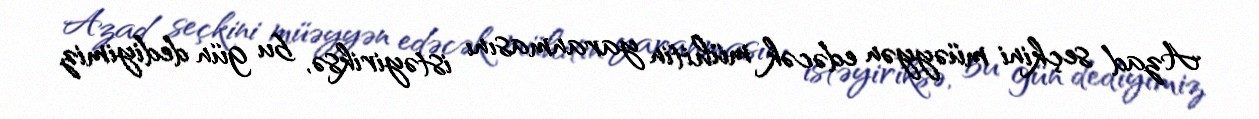
Azad seçkini müəyyən edəcək mühitin yaranmasını istəyiriksə, bu gün dediyimiz